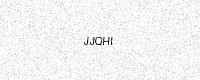
Text: JJQHI